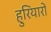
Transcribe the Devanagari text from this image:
हुरियारों